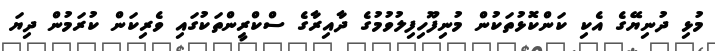
މުޅި ދުނިޔޭގެ އެކި ކަންކޮޅުތަކުން މުނިފޫހިފިލުވުމުގެ ދާއިރާގެ ސްކްރީންތަކުގައި ވެރިކަން ކުރަމުން ދިޔަ